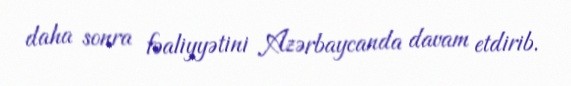
daha sonra fəaliyyətini Azərbaycanda davam etdirib.